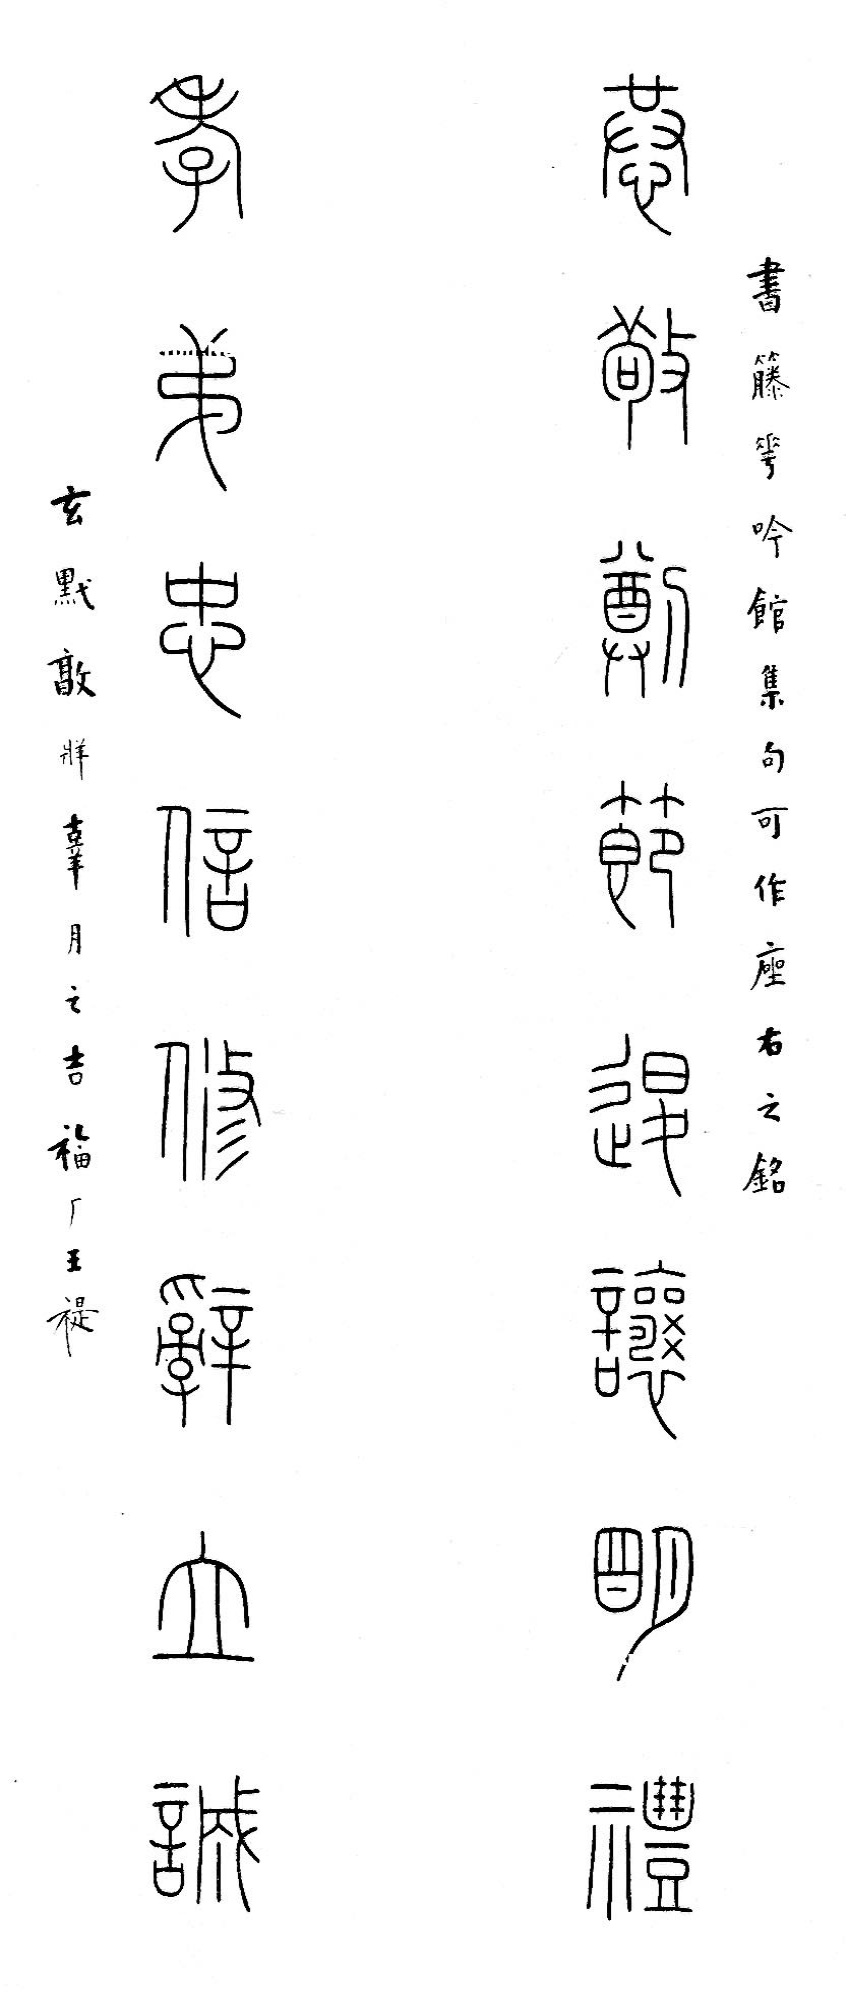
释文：恭敬撙节退让明礼，孝悌忠信修辞立诚。书藤花吟馆集句，可作座右之铭。玄黓牂，辜月之吉，福厂王禔。